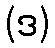
(ဒ)